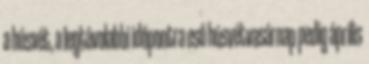
a húsvét, a legtávolabbi időpontra eső húsvétvasárnap pedig április